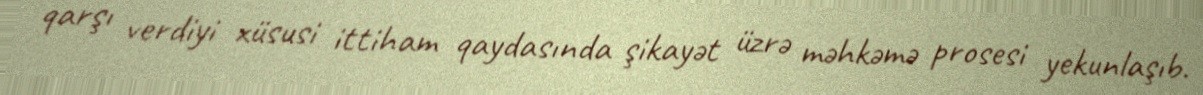
qarşı verdiyi xüsusi ittiham qaydasında şikayət üzrə məhkəmə prosesi yekunlaşıb.